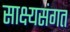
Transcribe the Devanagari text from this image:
साक्ष्यसंगत